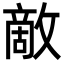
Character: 敵